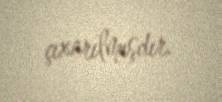
çıxarılmışdır.